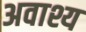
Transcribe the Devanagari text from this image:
अवाश्य